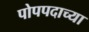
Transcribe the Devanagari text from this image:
पोपपदाच्या